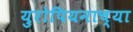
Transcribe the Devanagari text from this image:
युरोपियनाच्या